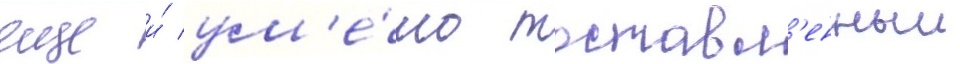
еще и́ ум'е́ло поставл'енныи